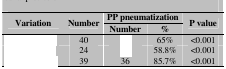
<table><thead><tr><td rowspan="2"><b>Variation</b></td><td rowspan="2"><b>Number</b></td><td colspan="2"><b>PP pneumatization</b></td><td rowspan="2"><b>P value</b></td></tr><tr><td><b>Number</b></td><td><b>%</b></td></tr></thead><tbody><tr><td>[EMPTY_CELL]</td><td> 40 </td><td>[EMPTY_CELL]</td><td> 65% </td><td> &lt;0.001 </td></tr><tr><td>[EMPTY_CELL]</td><td> 24 </td><td>[EMPTY_CELL]</td><td> 58.8% </td><td> &lt;0.001 </td></tr><tr><td>[EMPTY_CELL]</td><td> 39 </td><td> 36 </td><td> 85.7% </td><td> &lt;0.001 </td></tr></tbody></table>